Annual report of the Punjab Veterinary College and of the Civil Veterinary Department, Punjab - 1926-1932
Year: 1926
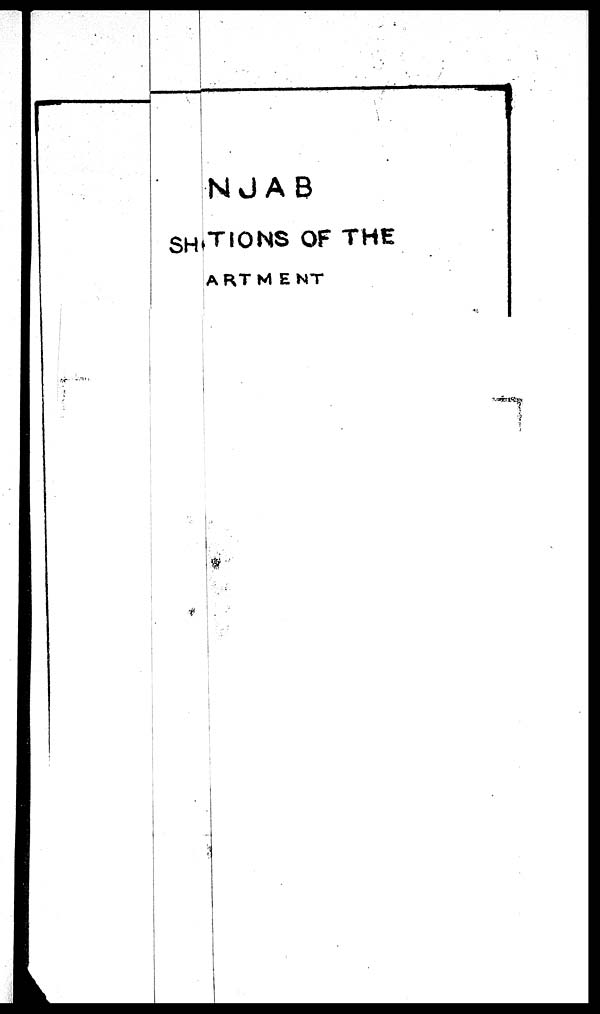
NJAB
SHITIONS OF THE
ARTMENT